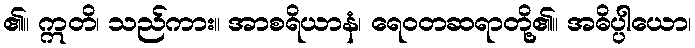
၏။ ဣတိ၊ သည်ကား။ အာစရိယာနံ၊ ရေဝတဆရာတို့၏။ အဓိပ္ပါယော၊